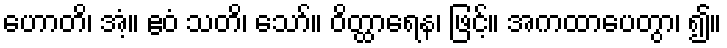
ဟောတိ၊ အံ့။ ဧဝံ သတိ၊ သော်။ ဝိတ္ထာရေန၊ ဖြင့်။ အကထာပေတွာ၊ ၍။